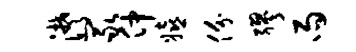
潸冢仲嬉份缪雨